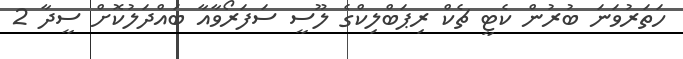
ހަތަރުވަނަ ބުރުން ކެޓީ ޗެކް ރިޕަބްލިކްގެ ލޫސީ ސަފަރޯވާއާ ބައްދަލުކޮށް ސީދާ 2